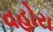
વહોરા